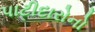
પાટીદારોનો